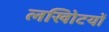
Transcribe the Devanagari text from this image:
लखोिटयों